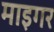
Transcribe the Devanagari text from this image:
माइगर